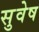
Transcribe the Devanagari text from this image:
सुवेष